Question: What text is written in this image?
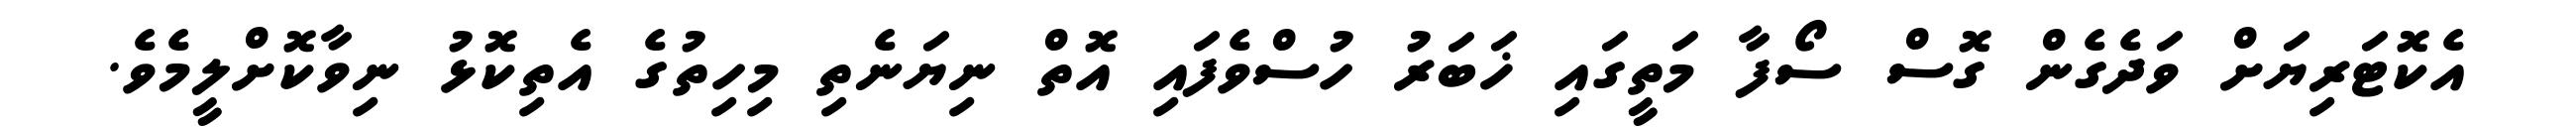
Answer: އެކޮޓަރިޔަށް ވަދެގެން ގޮސް ސޯފާ މަތީގައި ޚަބަރު ހުސްވެފައި އޮތް ނިޔަނެތި މިހިތުގެ އެތިކޮޅު ނިވާކޮށްލީމެވެ.